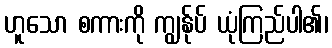
ဟူသော စကားကို ကျွန်ုပ် ယုံကြည်ပါ၏၊